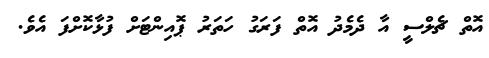
އޮތް ޗެލްސީ އާ ދެމެދު އޮތް ފަރަގު ހަތަރު ޕޮއިންޓަށް ފުޅާކޮށްފަ އެވެ.